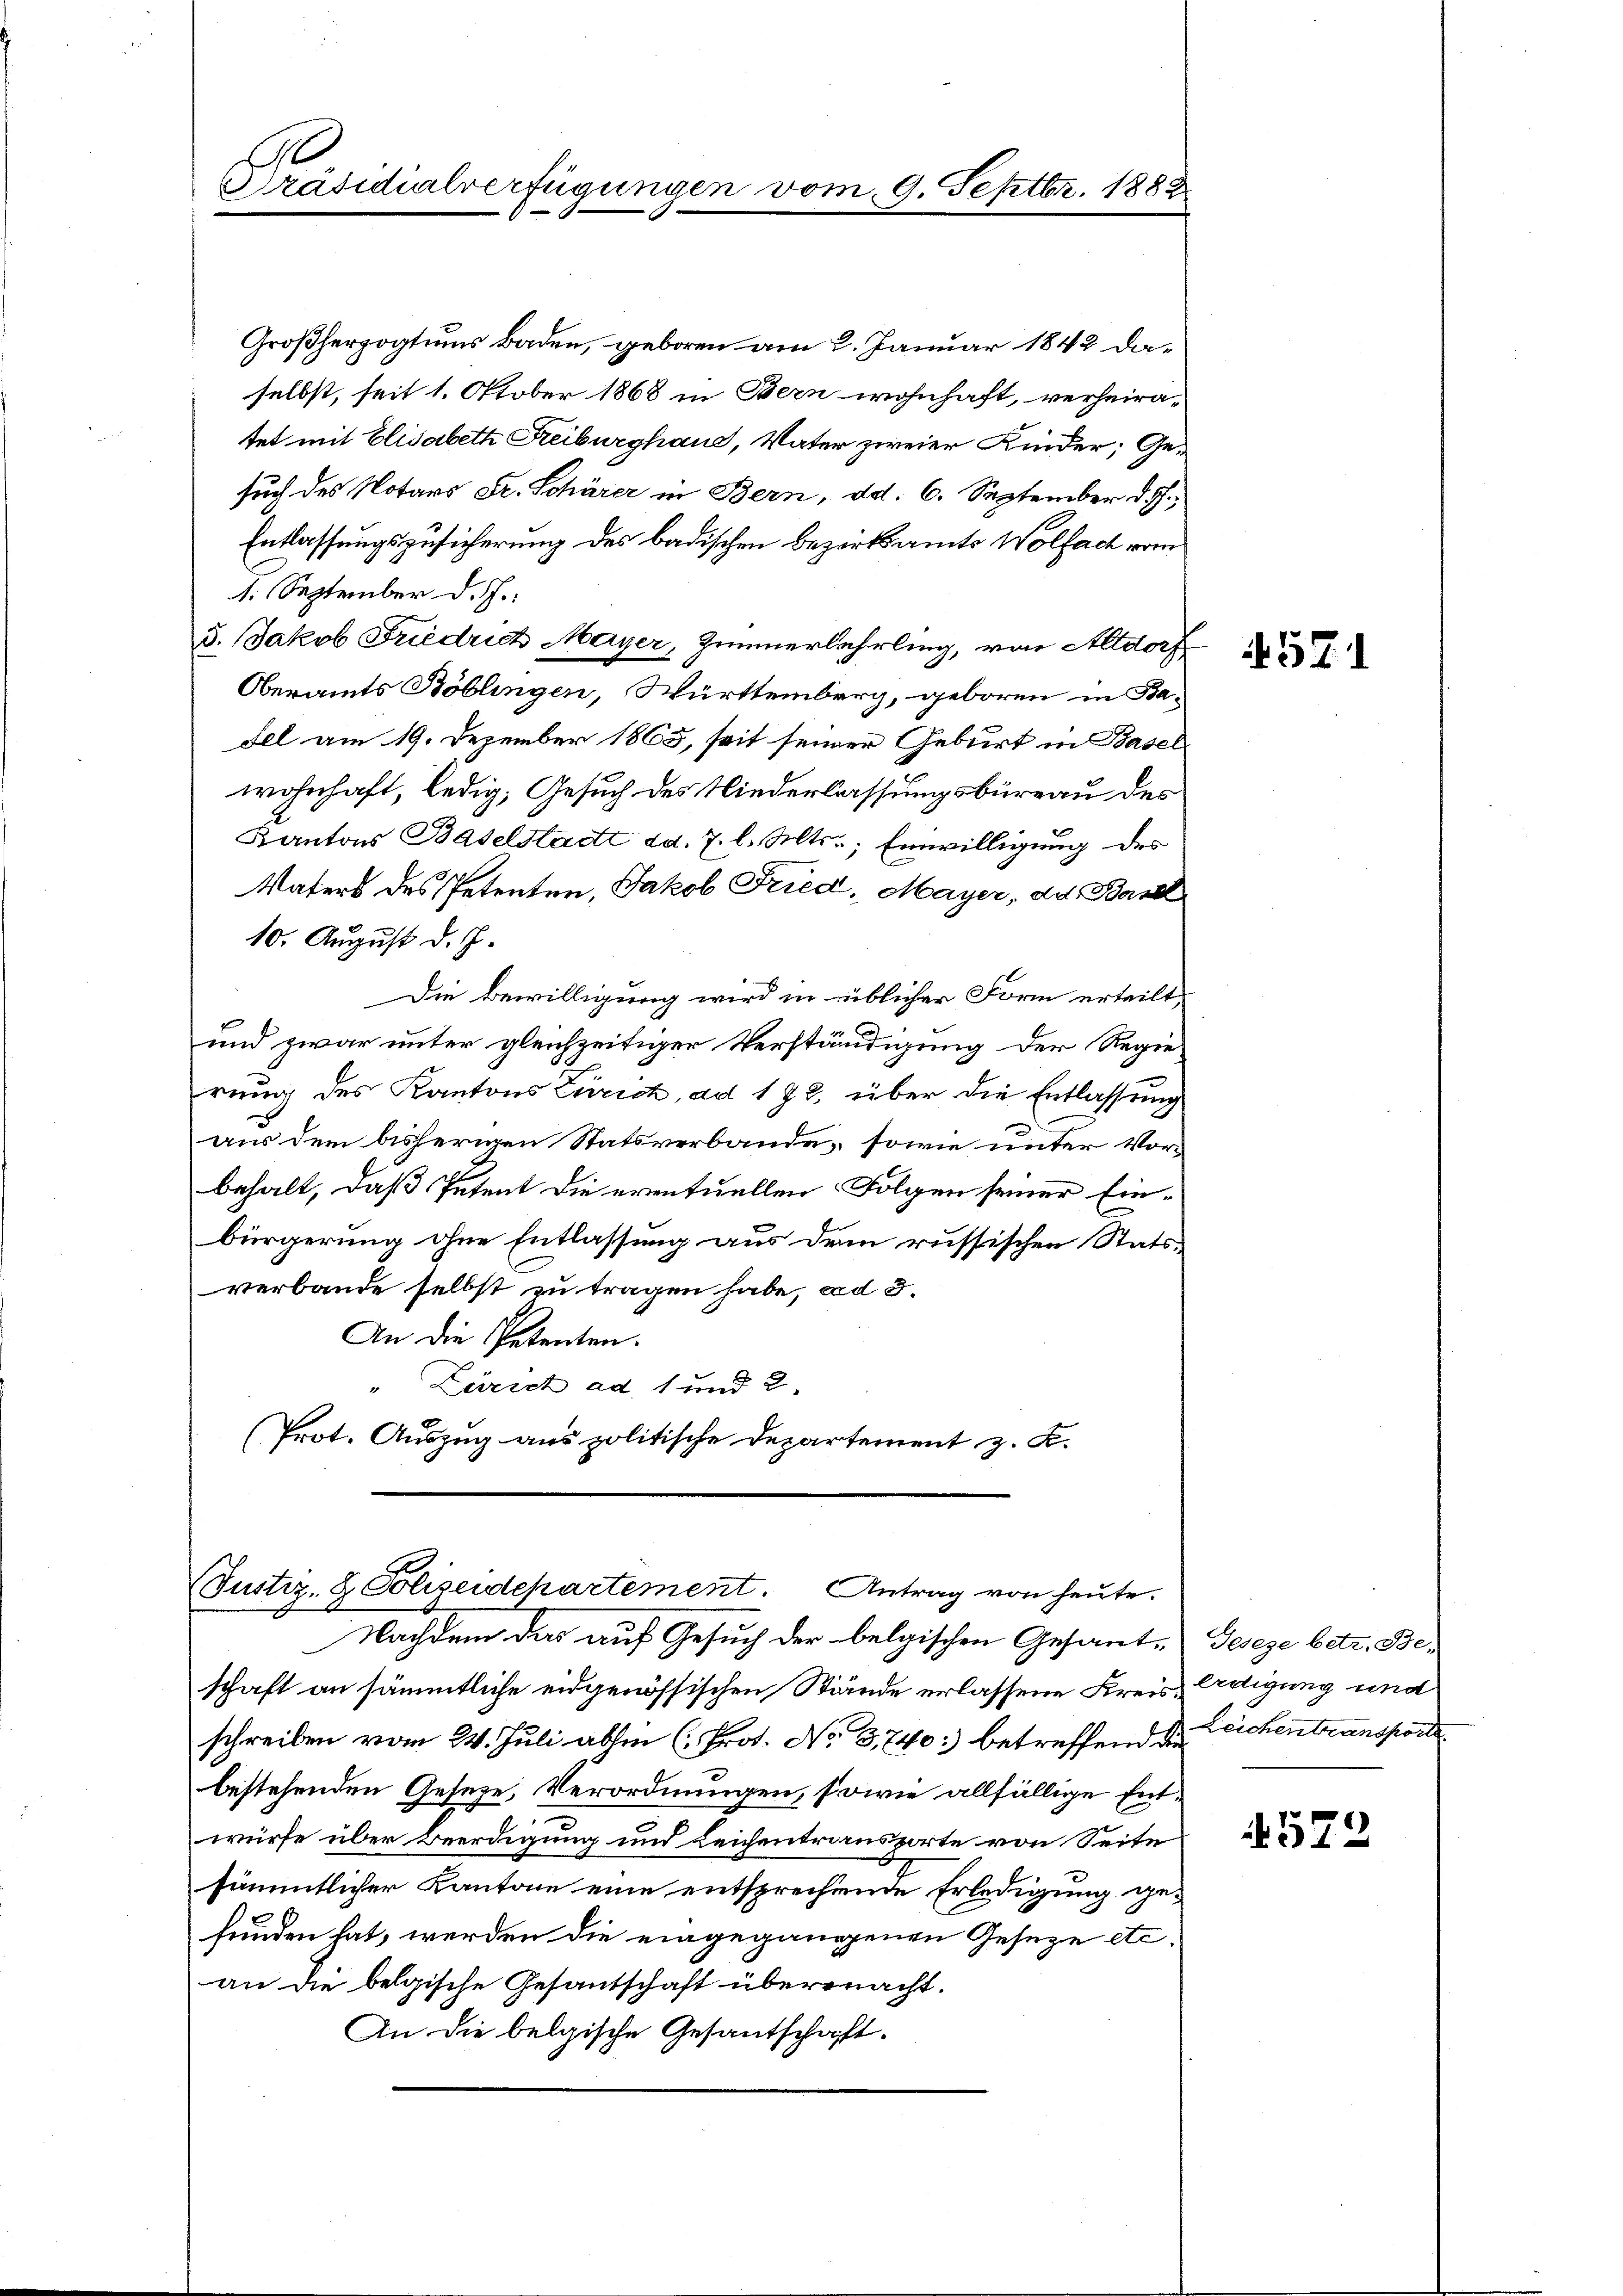
Präsidialverfügungen vom 9. Septbr. 1888

Großherzogtums Baden, geboren am 2. Januar 1842 daselbst, seit 1. Oktober 1868 in Bern wohnhaft, verheiratet mit Elisabeth Freiburghaus, Vater zweier Kinder; Ge-
such des Notars Dr. Schärer in Bern, ad. 6. September d. J.,
Entlassungszusicherung des badischen Bezirksamts Wolfach vom
1. September d. J.
5. Jakob Friedrich Mayer, Zimmerlehrling, von Altdorf
Oberamts Böblingen, Württemberg, geboren in Ba-
Fel am 19. Dezember 1865, seit seiner Geburt in Basel
wohnhaft, ledig, Gesuch des Niederlassungsbüreau des
Kantons Baselstadt dd. 7. l. Mts., Einwilligung des
Vaters des Petenten, Jakob Fried, Mayer, ad. Basel
10. August d. J.
Die Bewilligung wird in üblicher Form erteilt,
und zwar unter gleichzeitiger Verständigung der Regie-
rung des Kantons Zürich, ad 172, über die Entlassung
aus dem bisherigen Statsverbande, sowie unter Vor-
behalt, daß Petent die eventuellen Folgen seiner Einbürgerung ohne Entlassung aus dem russischen Statsverbande selbst zu tragen habe, ad 3.
An die Petenten.
"Zureich ad 1 und 2
(Prot. Auszug aus politische Departement z. K.

Nachdem das auf Gesuch der belgischen Gesante Geseze betr. Beschaft an sämmtliche eidgenössischen Stände erlassene Kreis, Ardigung und
schreiben vom 24. Juli allen (Prot. No. 3, 740 betreffend der Leichen transporte
bestehenden Geseze, Verordnungen, sowie allfällige Entwürfe über Beerdigung und Leichentransporte von Seite
sämmtlicher Kantone eine entsprechende Erledigung ge-
funden hat, werden die eingegangenen Geseze etc.
an die belgische Gesantschaft übermacht.
An die belgische Gesantschaft.

Justiz- & Polizeidekartement. Antrag von heute.

571

572